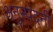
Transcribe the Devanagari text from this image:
अनुस्पंदनी